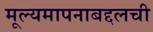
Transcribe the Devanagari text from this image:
मूल्यमापनाबद्दलची